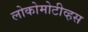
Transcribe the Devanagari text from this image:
लोकोमोटीव्हस